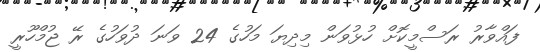
ފައްވާރު ރަސްމީކޮށް ހުޅުވަން މިދިޔަ މަހުގެ 24 ވަނަ ދުވަހުގެ ރޭ ޖުމްހޫރީ